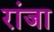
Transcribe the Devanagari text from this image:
रांजा